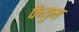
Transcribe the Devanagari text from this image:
फैयुम